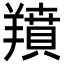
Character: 羵